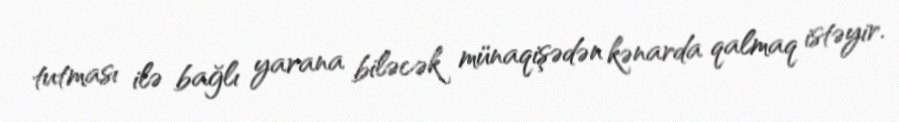
tutması ilə bağlı yarana biləcək münaqişədən kənarda qalmaq istəyir.